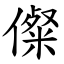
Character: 儏